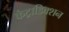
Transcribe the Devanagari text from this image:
कंट्राडिक्शन